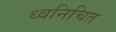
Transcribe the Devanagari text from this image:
ध्वनिचित